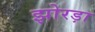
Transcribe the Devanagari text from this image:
झोरड़ा